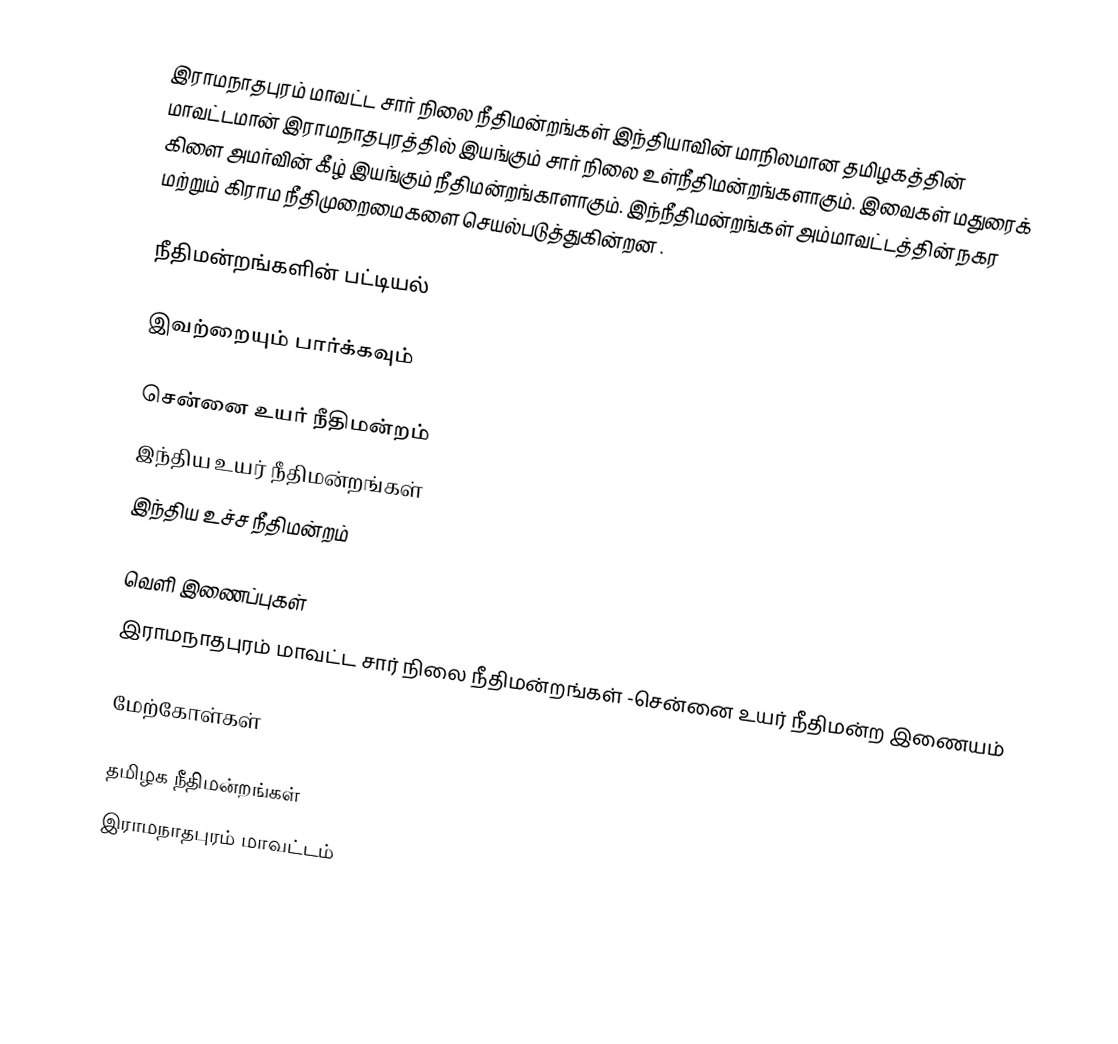
இராமநாதபுரம் மாவட்ட சார் நிலை நீதிமன்றங்கள் இந்தியாவின் மாநிலமான தமிழகத்தின் மாவட்டமான் இராமநாதபுரத்தில் இயங்கும் சார் நிலை உள்நீதிமன்றங்களாகும். இவைகள் மதுரைக் கிளை அமர்வின் கீழ் இயங்கும் நீதிமன்றங்காளாகும். இந்நீதிமன்றங்கள் அம்மாவட்டத்தின் நகர மற்றும் கிராம நீதிமுறைமைகளை செயல்படுத்துகின்றன .

நீதிமன்றங்களின் பட்டியல்

இவற்றையும் பார்க்கவும்

சென்னை உயர் நீதிமன்றம்
இந்திய உயர் நீதிமன்றங்கள்
இந்திய உச்ச நீதிமன்றம்

வெளி இணைப்புகள்
இராமநாதபுரம் மாவட்ட சார் நிலை நீதிமன்றங்கள் -சென்னை உயர் நீதிமன்ற இணையம்

மேற்கோள்கள்

தமிழக நீதிமன்றங்கள்
இராமநாதபுரம் மாவட்டம்